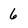
Character: 6